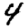
Digit: 4